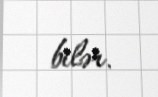
bilər.